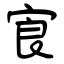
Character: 㝗